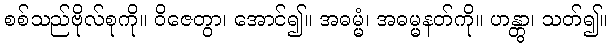
စစ်သည်ဗိုလ်စုကို။ ဝိဇေတွာ၊ အောင်၍။ အဓမ္မံ၊ အဓမ္မနတ်ကို။ ဟန္တွာ၊ သတ်၍။